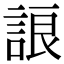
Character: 誏